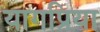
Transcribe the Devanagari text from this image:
यागप्रिया